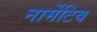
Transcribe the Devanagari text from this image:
नार्मेटिव